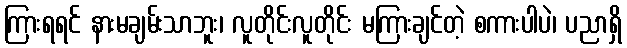
ကြားရရင် နားမချမ်းသာဘူး၊ လူတိုင်းလူတိုင်း မကြားချင်တဲ့ စကားပါပဲ၊ ပညာရှိ